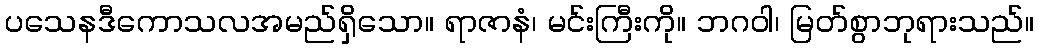
ပသေနဒီကောသလအမည်ရှိသော။ ရာဇာနံ၊ မင်းကြီးကို။ ဘဂဝါ၊ မြတ်စွာဘုရားသည်။